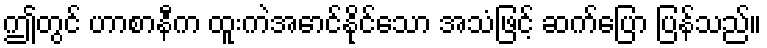
ဤတွင် ဟာစာနီက ထူးကဲအောင်နိုင်သော အသံဖြင့် ဆက်ပြော ပြန်သည်။